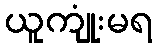
ယူကျုံးမရ